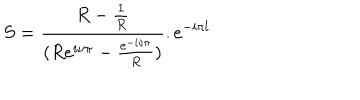
LaTeX: S = \frac { R - \frac { 1 } { R } } { ( R e ^ { i \nu \pi } - \frac { e ^ { - i \nu \pi } } { R } ) } . e ^ { - i \pi l }